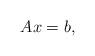
LaTeX: \begin{align*} A x = b, \end{align*}